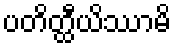
ပတိတ္ထီယိဿာမိ